Civil Veterinary Department. United Provinces 1923-31 - 1923-1931
Year: 1923
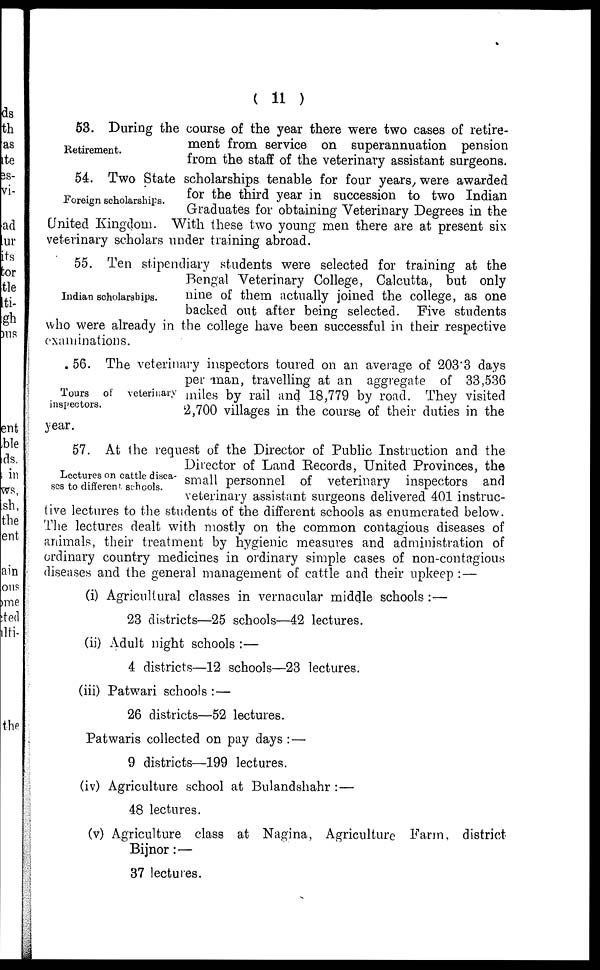
(11)
Retirement.
53. During the course of the year there were two cases of retire-
ment from service on superannuation pension
from the staff of the veterinary assistant surgeons.
Foreign scholarships.
54. Two State scholarships tenable for four years were awarded
for the third year in succession to two Indian
Graduates for obtaining Veterinary Degrees in the
United Kingdom. With these two young men there are at present six
veterinary scholars under training abroad.
Indian scholarships.
55. Ten stipendiary students were selected for training at the
Bengal Veterinary College, Calcutta, but only
nine of them actually joined the college, as one
backed out after being selected. Five students
who were already in the college have been successful in their respective
examinations.
Tours of
veterinary
inspectors.
56. The veterinary inspectors toured on an average of 203'3 days
per man, travelling at an aggregate of 33,536
miles by rail and 18,779 by road. They visited
2,700 villages in the course of their duties in the
year.
Lectures on cattle disea-
ses to different schools.
57. At the request of the Director of Public Instruction and the
Director of Land Records, United Provinces, the
small personnel of veterinary inspectors and
veterinary assistant surgeons delivered 401 instruc-
tive lectures to the students of the different schools as enumerated below.
The lectures dealt with mostly on the common contagious diseases of
animals, their treatment by hygienic measures and administration of
ordinary country medicines in ordinary simple cases of non-contagious
diseases and the general management of cattle and their upkeep:—
(i) Agricultural classes in vernacular middle schools:—
23 districts—25 schools—42 lectures.
(ii) Adult night schools:—
4 districts—12 schools—23 lectures.
(iii) Patwari schools:—
26 districts—52 lectures.
Patwaris collected on pay days:—
9 districts—199 lectures.
(iv) Agriculture school at Bulandshahr:—
48 lectures.
(v) Agriculture class at Nagina, Agriculture Farm, district
Bijnor:—
37 lectures.